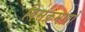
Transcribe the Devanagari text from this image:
विसंक्रमणों